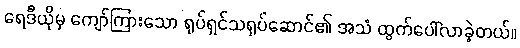
ရေဒီယိုမှ ကျော်ကြားသော ရုပ်ရှင်သရုပ်ဆောင်၏ အသံ ထွက်ပေါ်လာခဲ့တယ်။